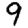
Digit: 9